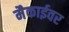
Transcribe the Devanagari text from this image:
मैकाईवर